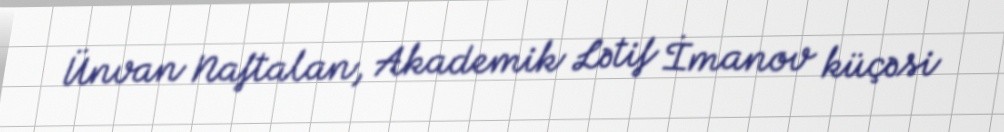
Ünvan Naftalan, Akademik Lətif İmanov küçəsi